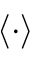
\langle \cdot \rangle